Report on the bubonic plague in Bombay, 1896-1897
Year: 1896
Disease focus: Plague
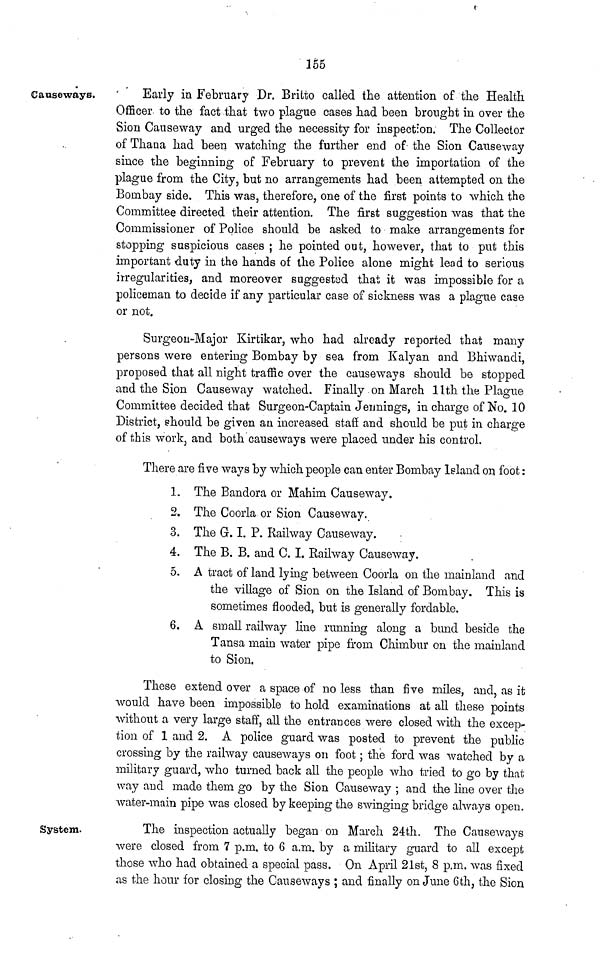
155
Causeways.
Early in February Dr. Britto called the attention of the Health.
Officer to the fact that two plague cases had been brought in over the
Sion Causeway and urged the necessity for inspection. The Collector
of Thana had been watching the further end of the Sion Causeway
since the beginning of February to prevent the importation of the
plague from the City, but no arrangements had been attempted on the
Bombay side. This was, therefore, one of the first points to which the
Committee directed their attention. The first suggestion was that the
Commissioner of Police should be asked to make arrangements for
stopping suspicious cases ; he pointed out, however, that to put this
important duty in the hands of the Police alone might lead to serious
irregularities, and moreover suggested that it was impossible for a
policeman to decide if any particular case of sickness was a plague case
or not.
Surgeon-Major Kirtikar, who had already reported that many
persons were entering Bombay by sea from Kalyan and Bhiwandi,
proposed that all night traffic over the causeways should be stopped
and the Sion Causeway watched. Finally on March 11th the Plague
Committee decided that Surgeon-Captain Jennings, in charge of No. 10
District, should be given an increased staff and should be put in charge
of this work, and both causeways were placed under his control.
There are five ways by which people can enter Bombay Island on foot :
1. The Bandora or Mahim Causeway.
2. The Coorla or Sion Causeway.
3. The G. I. P. Railway Causeway.
4. The B. B. and C. I. Railway Causeway.
5. A tract of land lying between Coorla on the mainland and
the village of Sion on the Island of Bombay. This is
sometimes flooded, but is generally fordable.
6. A small railway line running along a bund beside the
Tansa main water pipe from Chimbur on the mainland
to Sion.
These extend over a space of no less than five miles, and, as it
would have been impossible to hold examinations at all these points
without a very large staff, all the entrances were closed with the excep-
tion of 1 and 2. A police guard was posted to prevent the public
crossing by the railway causeways on foot ; the ford was watched by a
military guard, who turned back all the people who tried to go by that
way and made them go by the Sion Causeway ; and the line over the
water-main pipe was closed by keeping the swinging bridge always open.
System.
The inspection actually began on March 24th. The Causeways
were closed from 7 p.m. to 6 a.m. by a military guard to all except
those who had obtained a special pass. On April 21st, 8 p.m. was fixed
as the hour for closing the Causeways ; and finally on June 6th, the Sion